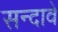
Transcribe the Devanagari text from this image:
सन्दावे